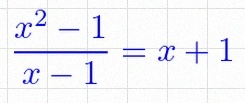
\frac{x^2-1}{x-1}=x+1